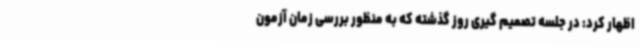
اظهار کرد: در جلسه تصمیم گیری روز گذشته که به منظور بررسی زمان آزمون